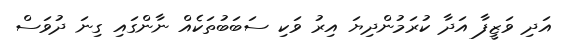
އަދި ވަޒީފާ އަދާ ކުރަމުންދިޔަ އިރު ވަކި ސަބަބުތަކެއް ނާންގައި ގިނަ ދުވަސް